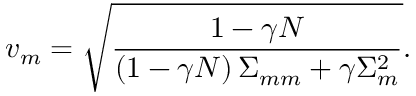
v _ { m } = \sqrt { \frac { 1 - \gamma N } { \left( 1 - \gamma N \right) \Sigma _ { m m } + \gamma \Sigma _ { m } ^ { 2 } } } .